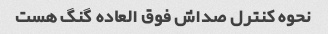
نحوه کنترل صداش فوق العاده گنگ هست